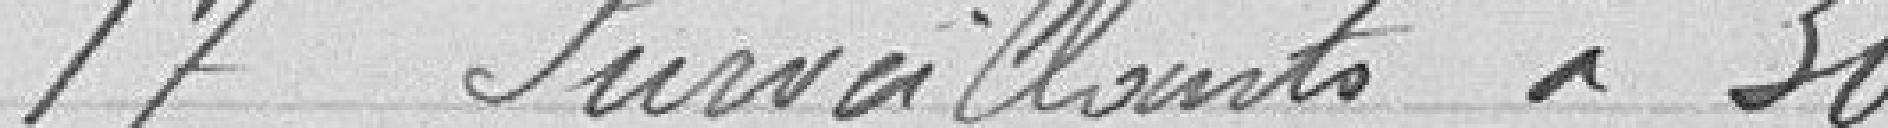
17 surveillants à 300